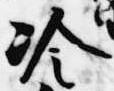
冷